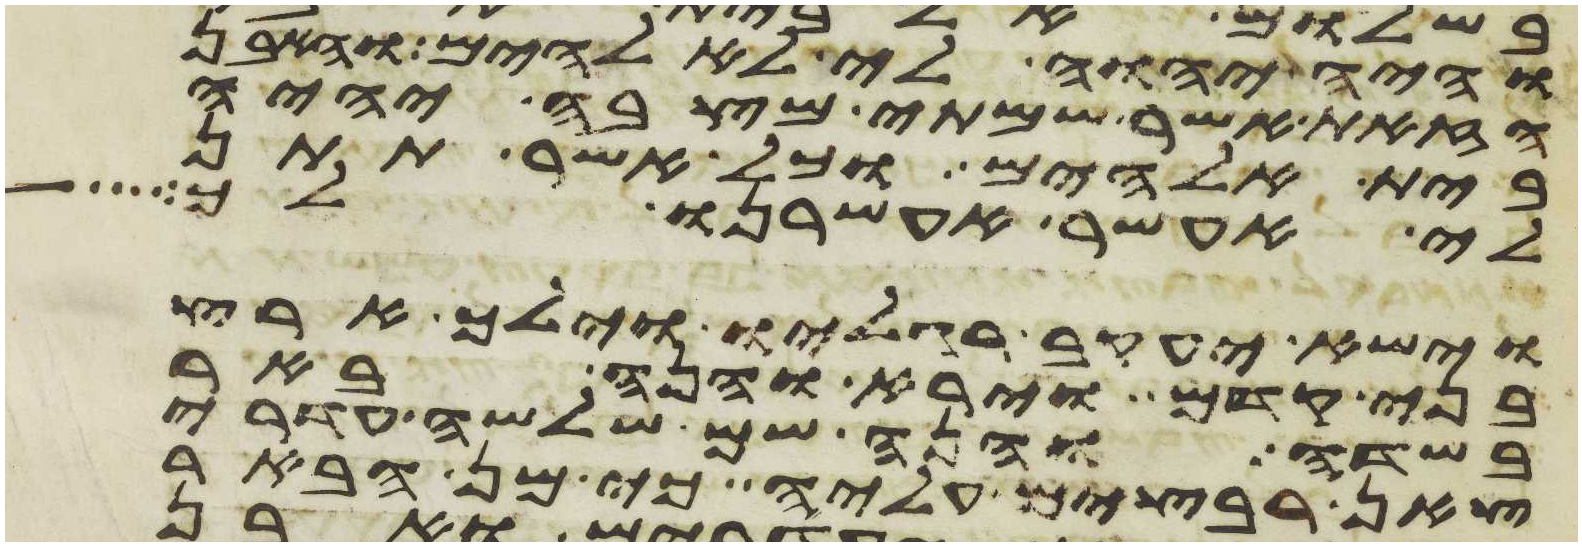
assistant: והיה יהוה לי לאלהים והאבן
הזאת אשר שמתי מצבה יהיה
בית אלהים וכל אשר תתן
לי אעשר אעשרנו לך
וישא יעקב רגליו וילך ארץ
בני קדם וירא והנה באר
בשדה והנה שם שלשה עדרי
צאן רבצים עליה כי מן הבאר